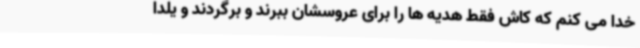
خدا می کنم که کاش فقط هدیه ها را برای عروسشان ببرند و برگردند و یلدا